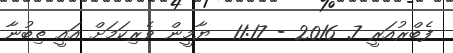
ފެބްރުއަރީ 7